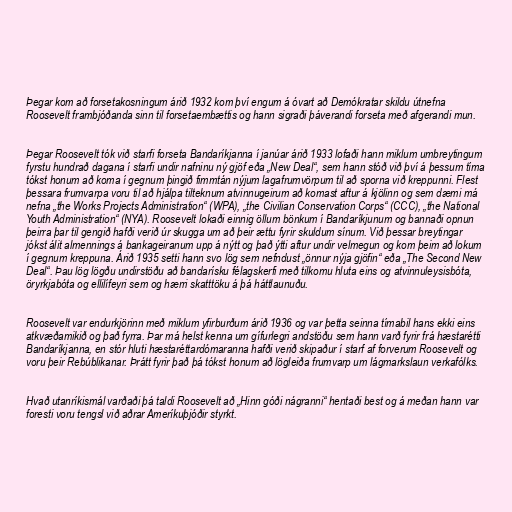
Þegar kom að forsetakosningum árið 1932 kom því engum á óvart að Demókratar skildu útnefna
Roosevelt frambjóðanda sinn til forsetaembættis og hann sigraði þáverandi forseta með afgerandi mun.

Þegar Roosevelt tók við starfi forseta Bandaríkjanna í janúar árið 1933 lofaði hann miklum umbreytingum
fyrstu hundrað dagana í starfi undir nafninu ný gjöf eða „New Deal“, sem hann stóð við því á þessum tíma
tókst honum að koma í gegnum þingið fimmtán nýjum lagafrumvörpum til að sporna við kreppunni. Flest
þessara frumvarpa voru til að hjálpa tilteknum atvinnugeirum að komast aftur á kjölinn og sem dæmi má
nefna „the Works Projects Administration“ (WPA), „the Civilian Conservation Corps“ (CCC), „the National
Youth Administration“ (NYA). Roosevelt lokaði einnig öllum bönkum í Bandaríkjunum og bannaði opnun
þeirra þar til gengið hafði verið úr skugga um að þeir ættu fyrir skuldum sínum. Við þessar breytingar
jókst álit almennings á bankageiranum upp á nýtt og það ýtti aftur undir velmegun og kom þeim að lokum
í gegnum kreppuna. Árið 1935 setti hann svo lög sem nefndust „önnur nýja gjöfin“ eða „The Second New
Deal“. Þau lög lögðu undirstöðu að bandarísku félagskerfi með tilkomu hluta eins og atvinnuleysisbóta,
öryrkjabóta og ellilífeyri sem og hærri skatttöku á þá háttlaunuðu.

Roosevelt var endurkjörinn með miklum yfirburðum árið 1936 og var þetta seinna tímabil hans ekki eins
atkvæðamikið og það fyrra. Þar má helst kenna um gífurlegri andstöðu sem hann varð fyrir frá hæstarétti
Bandaríkjanna, en stór hluti hæstaréttardómaranna hafði verið skipaður í starf af forverum Roosevelt og
voru þeir Rebúblikanar. Þrátt fyrir það þá tókst honum að lögleiða frumvarp um lágmarkslaun verkafólks.

Hvað utanríkismál varðaði þá taldi Roosevelt að „Hinn góði nágranni“ hentaði best og á meðan hann var
foresti voru tengsl við aðrar Ameríkuþjóðir styrkt.